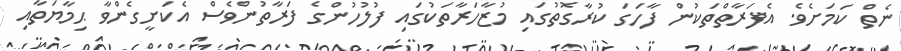
ނެތް ކަމަށެވެ. އެފަރާތްތަކުން ފާހަގަ ކުރާގޮތުގައި މުޒާހަރާތަކުގައި ފުލުހުންގެ ފަރާތުންވެސް އެކަށީގެންވާ ޙިމާޔަތާއި